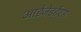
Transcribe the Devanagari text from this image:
आईजेडईएस